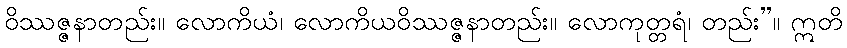
ဝိဿဇ္ဇနာတည်း။ လောကိယံ၊ လောကိယဝိဿဇ္ဇနာတည်း။ လောကုတ္တရံ၊ တည်း”။ ဣတိ